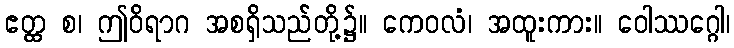
ဧတ္ထ စ၊ ဤဝိရာဂ အစရှိသည်တို့၌။ ကေဝလံ၊ အထူးကား။ ဝေါဿဂ္ဂေါ၊